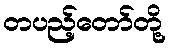
တပည့်တော်တို့